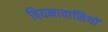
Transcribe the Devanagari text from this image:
वियनावासियों